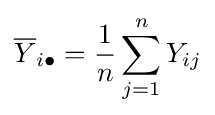
{\overline {Y}}_{i\bullet }={\frac {1}{n}}\sum _{j=1}^{n}Y_{ij}